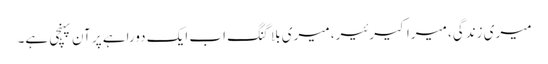
میری زندگی، میرا کیرئیر، میری بلاگنگ اب ایک دوراہے پر آن پہنچی ہے۔